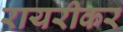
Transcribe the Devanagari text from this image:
रायरीकर